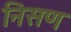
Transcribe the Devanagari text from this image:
निसण